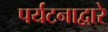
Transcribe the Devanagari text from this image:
पर्यटनाद्वारे